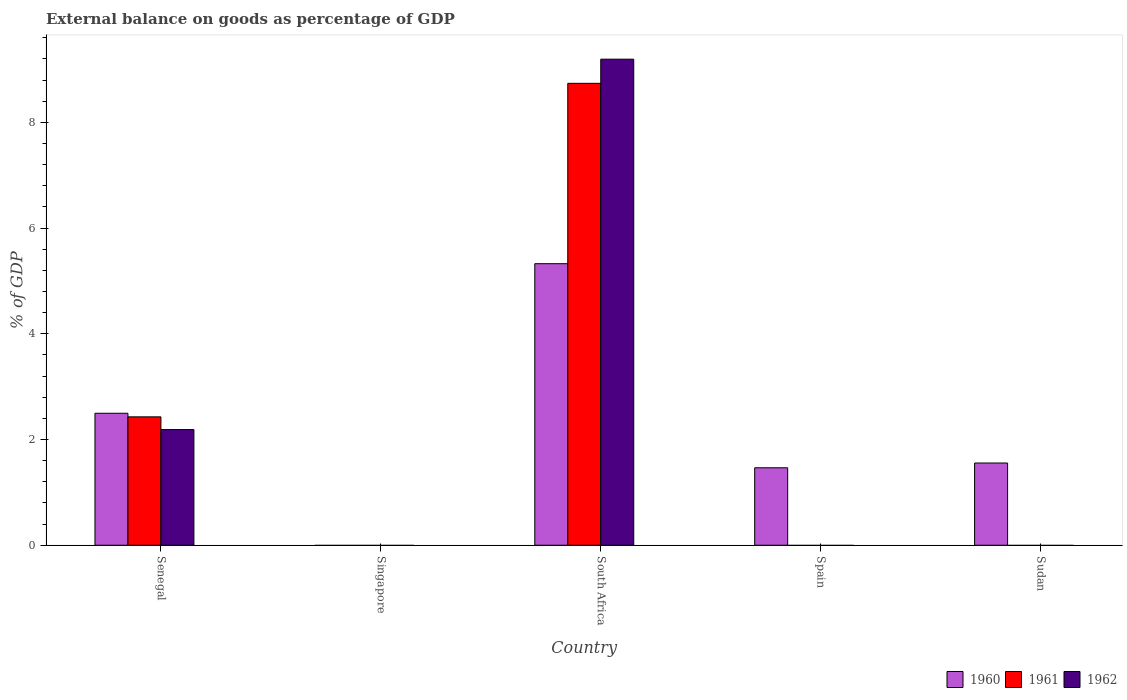
| Country | 1960 | 1961 | 1962 |
 | --- | --- | --- | --- |
 | Senegal | 2.5 | 2.43 | 2.19 |
 | Singapore | -13.7 | -14.6 | -10.4 |
 | South Africa | 5.33 | 8.74 | 9.19 |
 | Spain | 1.47 | -0.629 | -1.82 |
 | Sudan | 1.56 | -1.03 | -0.432 |